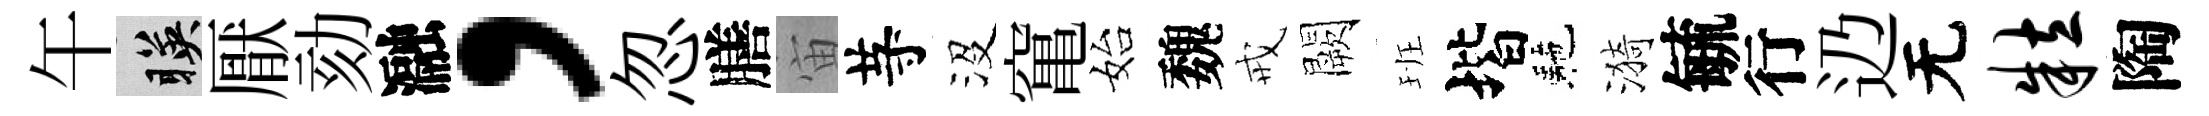
午暎厭劾瀜，忽膳宙䒭沒𥧄始魏戒闕班堦駰漪毓行辸无粒陶